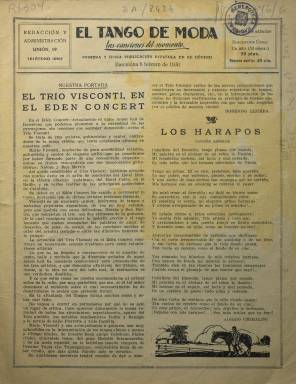
Título: El Tango de moda
Colección: Música
Ámbito geográfico: Barcelona
Lugar de publicación: Barcelona
Fechas: 08/02/1930-08/02/1930

Revista editada en Barcelona que con el subtítulo de ‘las canciones del momento’ da testimonio del éxito que tuvo en España el tango argentino en el primer tercio del siglo XX. La publicación nació en octubre de 1928 y se prolongó hasta 1934. Hubo otras revistas dedicadas al tango en la época, pero de vida más corta. La BNE solo posee un número, el correspondiente al 8 de febrero de 1930.

  El Tango de moda, con ocho y a veces doce páginas, comenzó siendo quincenal, pero a partir del número 3 se hizo semanal, señal de su éxito entre el público español, que había comenzado a aficionarse a esta música con los primeros discos y bailes al iniciarse el siglo XX. A la altura de 1934 la fiebre por el tango había bajado y la revista se hizo mensual.

  El contenido de la publicación lo componían sobre todo letras y partituras de canciones, así como reportajes y noticias de las salas donde se programaban espectáculos y de los artistas del tango con sus fotografías. Rosendo Llurba, prolífico autor de letras de tangos y cuplés, fue uno de los principales colaboradores de la revista, dada la frecuencia con la que aparecían sus composiciones y las veces que se le menciona en sus páginas.

  De hecho, el nombre de Llurba aparece en el único número que posee la Biblioteca Nacional de España. En esta misma entrega se puede ver cómo la revista dedicaba un espacio a otras músicas en una página titulada Jazz-Band. La publicación se cerraba con la sección El correo del lector en la última página.

  En el citado número de la BNE puede leerse que la revista pertenecía a la Asociación de Periodistas de Barcelona, Sociedad de Autores Españoles y a la Asociación Argentina de Autores y Compositores de Música de Buenos Aires, aunque comenzó siendo publicada por una editorial barcelonesa.

  Parte de la información de este artículo ha sido confeccionada con datos del blog de Javier Barreiro sobre las primeras revistas dedicadas al tango en España. Barreiro cita también el libro ‘Barcelona, tercera patria del tango’, de 1990, en el que sus autores, X. Febres y P. Gabancho, afirman  que fue un millonario bohemio quien introdujo al célebre Carlos Gardel en los  ambientes aristocráticos de Barcelona.

[Descripción publicada el 20/09/2024]